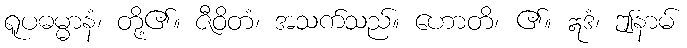
ရူပဓမ္မာနံ၊ တို့၏။ ဇီဝိတံ၊ အသက်သည်။ ဟောတိ၊ ၏။ ဣဒံ၊ ဤနာမ်